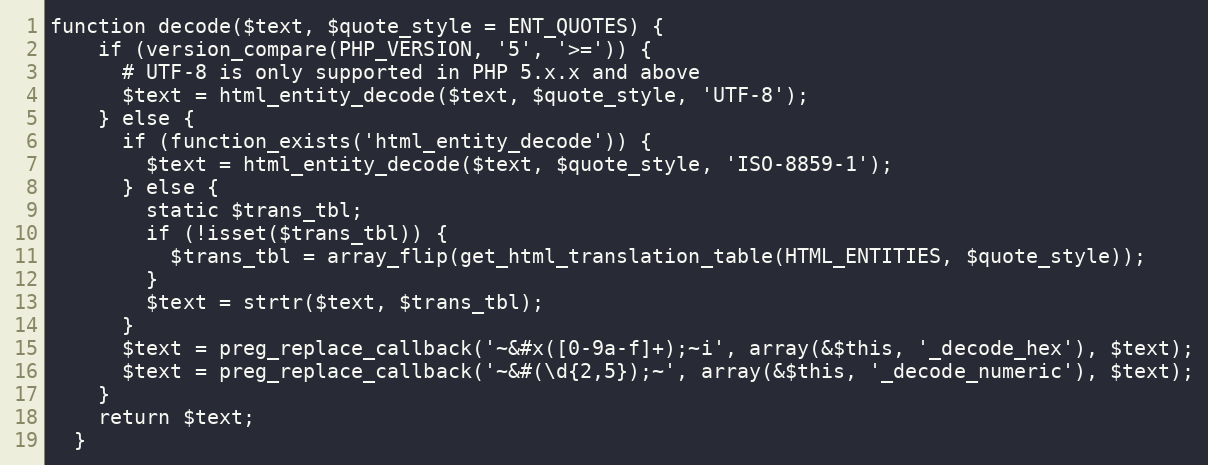
Language: PHP
function decode($text, $quote_style = ENT_QUOTES) {
    if (version_compare(PHP_VERSION, '5', '>=')) {
      # UTF-8 is only supported in PHP 5.x.x and above
      $text = html_entity_decode($text, $quote_style, 'UTF-8');
    } else {
      if (function_exists('html_entity_decode')) {
        $text = html_entity_decode($text, $quote_style, 'ISO-8859-1');
      } else {
        static $trans_tbl;
        if (!isset($trans_tbl)) {
          $trans_tbl = array_flip(get_html_translation_table(HTML_ENTITIES, $quote_style));
        }
        $text = strtr($text, $trans_tbl);
      }
      $text = preg_replace_callback('~&#x([0-9a-f]+);~i', array(&$this, '_decode_hex'), $text);
      $text = preg_replace_callback('~&#(\d{2,5});~', array(&$this, '_decode_numeric'), $text);
    }
    return $text;
  }